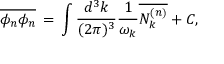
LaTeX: \overline { { { \phi _ { n } \phi _ { n } } } } \, = \, \int \frac { d ^ { 3 } k } { ( 2 \pi ) ^ { 3 } } \frac { 1 } { \omega _ { k } } \overline { { { N _ { k } ^ { ( n ) } } } } + C ,